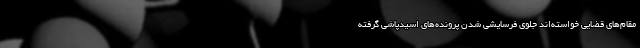
مقام‌های قضایی خواسته‌اند جلوی فرسایشی شدن پرونده‌های اسیدپاشی گرفته